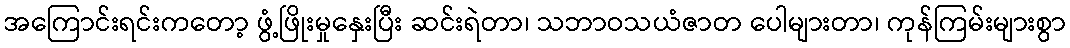
အကြောင်းရင်းကတော့ ဖွံ့ဖြိုးမှုနှေးပြီး ဆင်းရဲတာ၊ သဘာဝသယံဇာတ ပေါများတာ၊ ကုန်ကြမ်းများစွာ